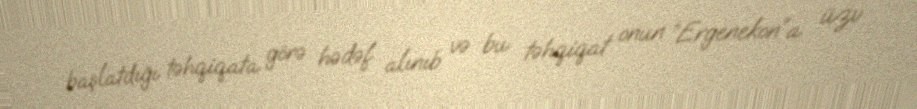
başlatdığı təhqiqata görə hədəf alınıb və bu təhqiqat onun “Ergenekon”a üzv